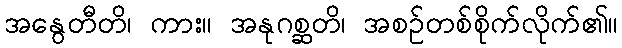
အနွေတီတိ၊ ကား။ အနုဂစ္ဆတိ၊ အစဉ်တစ်စိုက်လိုက်၏။